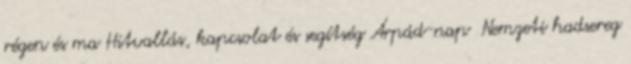
régen és ma Hitvallás, kapcsolat és segítség Árpád-nap Nemzeti hadsereg